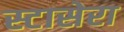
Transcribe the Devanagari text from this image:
स्टासेरा